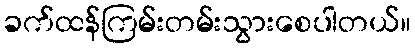
ခက်ထန်ကြမ်းတမ်းသွားစေပါတယ်။